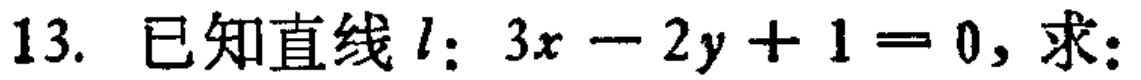
13. 已知直线\(l:3x - 2y + 1 = 0\)，求：